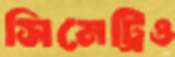
সিমেট্রিও